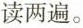
读两遍。